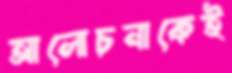
আলোচনাকেই